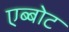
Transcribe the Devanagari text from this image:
एब्बोट